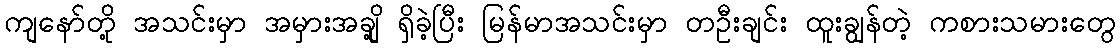
ကျနော်တို့ အသင်းမှာ အမှားအချို့ ရှိခဲ့ပြီး မြန်မာအသင်းမှာ တဦးချင်း ထူးချွန်တဲ့ ကစားသမားတွေ